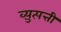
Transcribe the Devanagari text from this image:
व्य़ुत्पत्ती